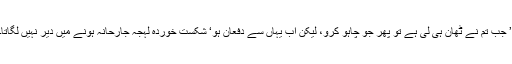
’ جب تم نے ٹھان ہی لی ہے تو پھر جو چاہو کرو، لیکن اب یہاں سے دفعان ہو‘ شکست خوردہ لہجہ جارحانہ ہونے میں دیر نہیں لگاتا۔